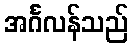
အင်္ဂလန်သည်